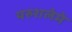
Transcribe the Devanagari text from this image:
यरुशलेमे